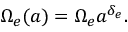
\begin{array} { r } { \Omega _ { e } ( a ) = \Omega _ { e } a ^ { \delta _ { e } } . } \end{array}